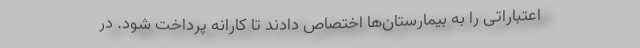
اعتباراتی را به بیمارستان‌ها اختصاص دادند تا کارانه پرداخت شود. در